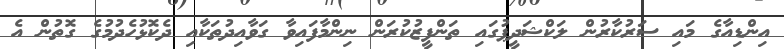
އިންޑިއާގެ މައި ސަރުުކާރުން ލަކްޝަދީޕުގައި ތަންފީޒުކުރަން ނިންމާފައިވާ ގަވާއިދުތަކާއި ދެކޮޅުހެދުމުގެ ގޮތުން އެ